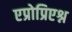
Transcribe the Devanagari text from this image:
एप्रोप्रिएश्न